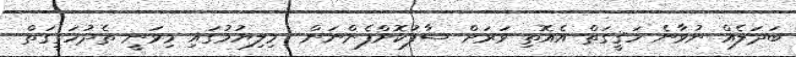
ބަދަލެއް ނުވާނެ ހަޤީގަތް އެއޮތި ވަރަށް ސާފުކޮށްފެންނަން  މިލިޔުމުގައި މިވަނީ ތެދުހަގީގަތް